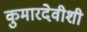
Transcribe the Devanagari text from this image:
कुमारदेवीशी